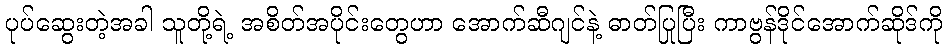
ပုပ်ဆွေးတဲ့အခါ သူတို့ရဲ့ အစိတ်အပိုင်းတွေဟာ အောက်ဆီဂျင်နဲ့ ဓာတ်ပြုပြီး ကာဗွန်ဒိုင်အောက်ဆိုဒ်ကို